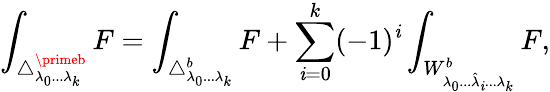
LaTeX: \int_{\triangle_{\lambda_{0}...\lambda_{k}}^{\primeb}}F=\int_{\triangle_{\lambda_{0}...\lambda_{k}}^{b}}F+\sum_{\mathit{i}=0}^{k}(-1)^{\mathit{i}}\int_{W_{\lambda_{0}...\hat{{\lambda}}_{\mathit{i}}...\lambda_{k}}^{b}}F,